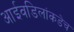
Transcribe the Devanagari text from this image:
आईवडिलांकडेच